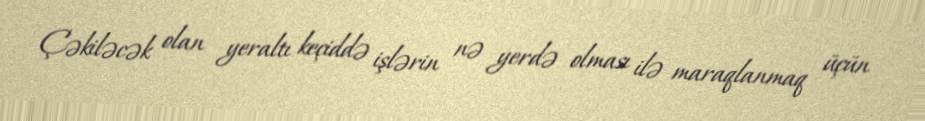
Çəkiləcək olan yeraltı keçiddə işlərin nə yerdə olması ilə maraqlanmaq üçün